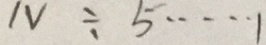
N \div 5 \cdots 1